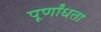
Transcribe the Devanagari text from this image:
पूर्णांधता